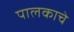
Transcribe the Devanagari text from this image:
पालकाचे